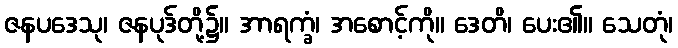
ဇနပဒေသု၊ ဇနပုဒ်တို့၌။ အာရက္ခံ၊ အစောင့်ကို။ ဒေတိ၊ ပေး၏။ သေတုံ၊